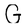
Character: G